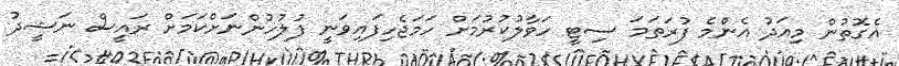
އެގޮތުން މިއަދު އެންމެ ފުރަތަމަ ސިޓީ ހަވާލުކުރުމަށް ހަމަޖެހިފައިވަނީ ފުލުހުންނަށްކަމަށް ރައީސް ނަޝީދު